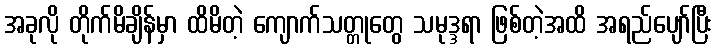
အခုလို တိုက်မိချိန်မှာ ထိမိတဲ့ ကျောက်သတ္တုတွေ သမုဒ္ဒရာ ဖြစ်တဲ့အထိ အရည်ပျော်ပြီး